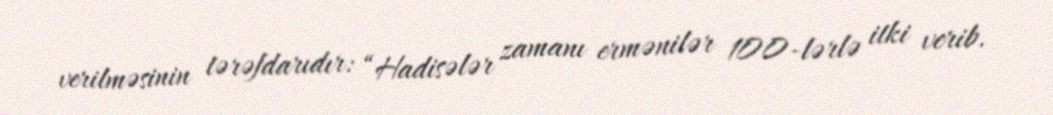
verilməsinin tərəfdarıdır: “Hadisələr zamanı ermənilər 100-lərlə itki verib.